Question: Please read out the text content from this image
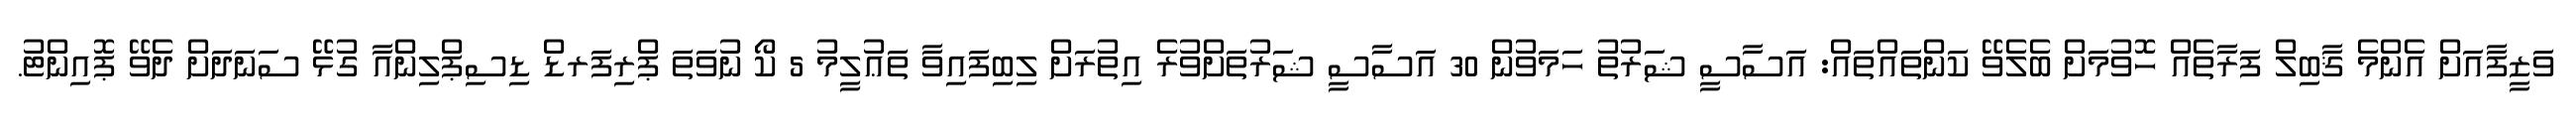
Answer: ވަޒީފާއަށް އެންމެ ޤާބިލް ފަރާތެއް ހޮވުމަށް ބެލެވޭ ކަންތައްތައް: އަސާސީ ޝަރުތު ހަމަވުން 30 އަސާސީ ޝަރުތަށްވުރެ އިތުރަށް ލިބިފައިވާ ތަޢުލީމު 5 ކޯ ނުވަތަ ޕްރިފަރޑް ޑިސިޕްލިންއާ ގުޅޭ ސަނަދަށް ދެވޭ ޕޮއިންޓު.